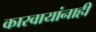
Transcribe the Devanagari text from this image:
कारवायांनाही